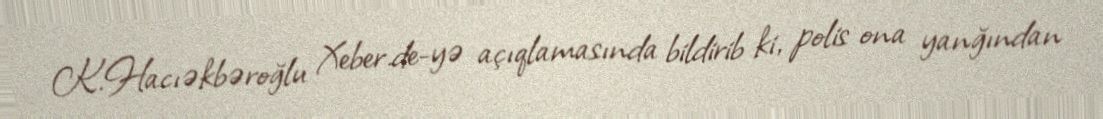
K.Hacıəkbəroğlu Xeber.de-yə açıqlamasında bildirib ki, polis ona yanğından